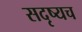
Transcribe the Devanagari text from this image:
सदृष्यच